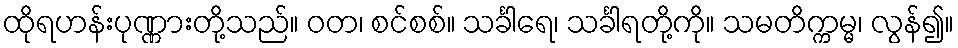
ထိုရဟန်းပုဏ္ဏားတို့သည်။ ဝတ၊ စင်စစ်။ သင်္ခါရေ၊ သင်္ခါရတို့ကို။ သမတိက္ကမ္မ၊ လွန်၍။